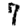
Digit: 7